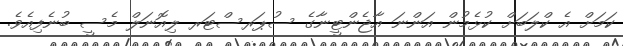
ކަމަށް އެ ކްލަބަށް ކުޅެމުން އަންނަ އާޖެންޓީނާގެ ސުޕަރސްޓަރ ލިއޮނަލް މެސީ ބުނެފިއެވެ.